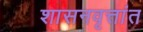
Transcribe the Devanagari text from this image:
शासनवृत्तांत